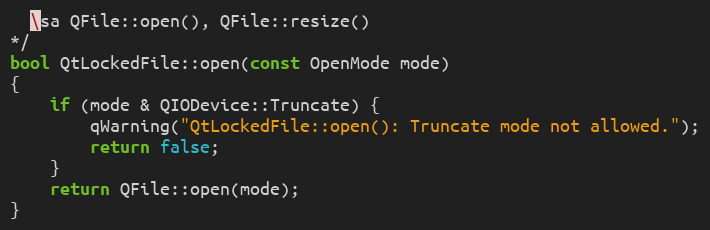
Language: C++
  \sa QFile::open(), QFile::resize()
*/
bool QtLockedFile::open(const OpenMode mode)
{
    if (mode & QIODevice::Truncate) {
        qWarning("QtLockedFile::open(): Truncate mode not allowed.");
        return false;
    }
    return QFile::open(mode);
}